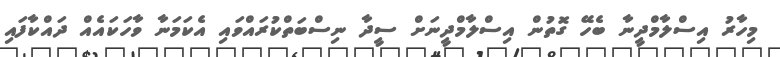
މިހާރު އިސްލާމްދީނާ ބެހޭ ގޮތުން އިސްލާމްދީނަށް ސީދާ ނިސްބަތްކުރައްވައި އެކަމަނާ ވާހަކައެއް ދައްކާފައި